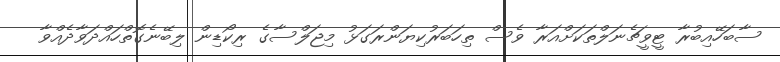
ސާބަހޭއިބުރާ ޓީވީޗެނަލްތަކަށްއަރާ ވެސް ތިހަބަރުކިޔަންރަގަޅު މިޖަލްސާގެ ރިކޯޑިން ލިބޭނެގޮތްހައްދަވާދެއްވާ